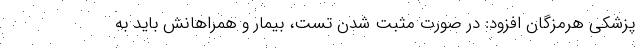
پزشکی هرمزگان افزود: در صورت مثبت شدن تست، بیمار و همراهانش باید به